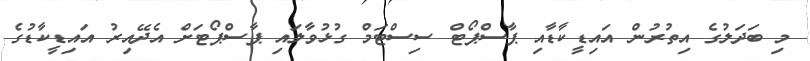
މި ބަދަލުގެ އިތުރުން އައިޑީކާޑާއި ޕާސްޕޯޓް ސިސްޓަމް ގުޅުވާލައި ޕާސްޕޯޓަށް އެދޭއިރު އައިޑީކާޑުގެ